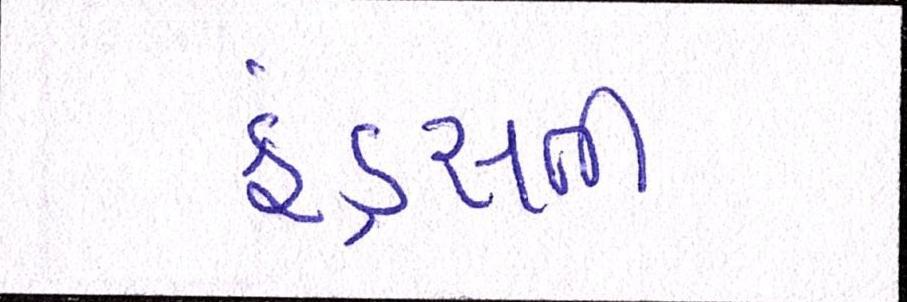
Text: ફંડ્સની